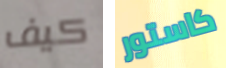
كيف كاستور